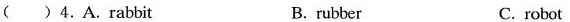
( ) 4.A.rabbit B. rubber C. robot